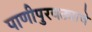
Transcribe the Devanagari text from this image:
पाणीपुरवठ्याचे